Vaccination United Provinces of Agra and Oudh 1902-1913 - 1902-1913
Year: 1902
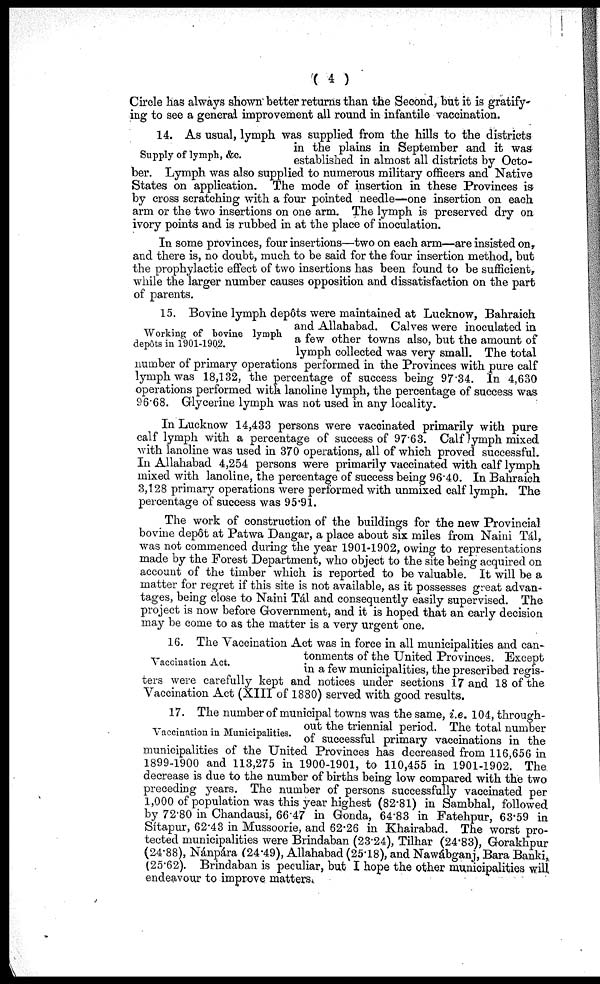
( 4 )
Circle has always shown better returns than the Second, but it is gratify-
ing to see a general improvement all round in infantile vaccination.
Supply of lymph, &c.
14. As usual, lymph was supplied from the hills to the districts
in the plains in September and it was
established in almost all districts by Octo-
ber. Lymph was also supplied to numerous military officers and Native
States on application. The mode of insertion in these Provinces is
by cross scratching with a four pointed needle—one insertion on each
arm or the two insertions on one arm. The lymph is preserved dry on
ivory points and is rubbed in at the place of inoculation.
In some provinces, four insertions—two on each arm—are insisted on,
and there is, no doubt, much to be said for the four insertion method, but
the prophylactic effect of two insertions has been found to be sufficient,
while the larger number causes opposition and dissatisfaction on the part
of parents.
Working of bovine lymph
depôts in 1901-1902.
15. Bovine lymph depôts were maintained at Lucknow, Bahraich
and Allahabad. Calves were inoculated in
a few other towns also, but the amount of
lymph collected was very small. The total
number of primary operations performed in the Provinces with pure calf
lymph was 18,132, the percentage of success being 97.34. In 4,630
operations performed with lanoline lymph, the percentage of success was
96.68. Glycerine lymph was not used in any locality.
In Lucknow 14,433 persons were vaccinated primarily with pure
calf lymph with a percentage of success of 97.63. Calf lymph mixed
with lanoline was used in 370 operations, all of which proved successful.
In Allahabad 4,254 persons were primarily vaccinated with calf lymph
mixed with lanoline, the percentage of success being 96.40. In Bahraich
3,128 primary operations were performed with unmixed calf lymph. The
percentage of success was 95.91.
The work of construction of the buildings for the new Provincial
bovine depôt at Patwa Dangar, a place about six miles from Naini Tál,
was not commenced during the year 1901-1902, owing to representations
made by the Forest Department, who object to the site being acquired on
account of the timber which is reported to be valuable. It will be a
matter for regret if this site is not available, as it possesses great advan-
tages, being close to Naini Tál and consequently easily supervised. The
project is now before Government, and it is hoped that an early decision
may be come to as the matter is a very urgent one.
Vaccination Act.
16. The Vaccination Act was in force in all municipalities and can-
tonments of the United Provinces. Except
in a few municipalities, the prescribed regis-
ters were carefully kept and notices under sections 17 and 18 of the
Vaccination Act (XIII of 1880) served with good results.
Vaccination in Municipalities.
17. The number of municipal towns was the same, i.e. 104, through-
out the triennial period. The total number
of successful primary vaccinations in the
municipalities of the United Provinces has decreased from 116,656 in
1899-1900 and 113,275 in 1900-1901, to 110,455 in 1901-1902. The
decrease is due to the number of births being low compared with the two
preceding years. The number of persons successfully vaccinated per
1,000 of population was this year highest (82.81) in Sambhal, followed
by 72.80 in Chandausi, 66.47 in Gonda, 64.83 in Fatehpur, 63.59 in
Sítapur, 62.43 in Mussoorie, and 62.26 in Khairabad. The worst pro-
tected municipalities were Brindaban (23.24), Tilhar (24.83), Gorakhpur
(24.88), Nánpára (24.49), Allahabad (25.18), and Nawábganj, Bara Banki,
(25.62). Brindaban is peculiar, but I hope the other municipalities will
endeavour to improve matters.